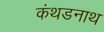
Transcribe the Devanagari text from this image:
कंथडनाथ